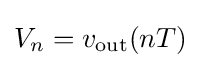
V_{n}=v_{\rm {out}}(nT)